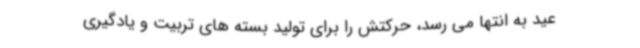
عید به انتها می رسد، حرکتش را برای تولید بسته های تربیت و یادگیری